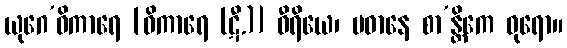
ယုဂေ’ဓိကာရေ [ဝိကာရေ (ဋီ.)] ဝီရိယေ၊ ပဓာနေ စာ’န္တိကေ ဓုရော။